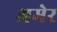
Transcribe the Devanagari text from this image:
अमेर